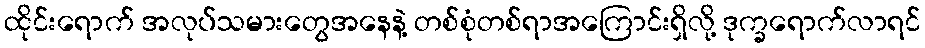
ထိုင်းရောက် အလုပ်သမားတွေအနေနဲ့ တစ်စုံတစ်ရာအကြောင်းရှိလို့ ဒုက္ခရောက်လာရင်